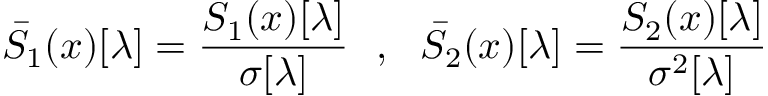
\bar { S } _ { 1 } ( x ) [ \lambda ] = \frac { S _ { 1 } ( x ) [ \lambda ] } { \sigma [ \lambda ] } ~ ~ , ~ ~ \bar { S } _ { 2 } ( x ) [ \lambda ] = \frac { S _ { 2 } ( x ) [ \lambda ] } { \sigma ^ { 2 } [ \lambda ] }